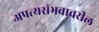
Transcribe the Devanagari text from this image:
अपत्यसंभवावरील